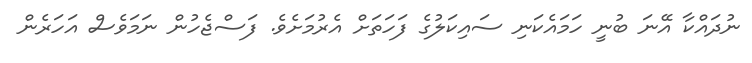
ނުދައްކާ އޭނަ ބުނީ ހަމައެކަނި ސައިކަލުގެ ފަހަތަށް އެރުމަށެވެ. ފަސްޖެހުން ނަމަވެސް އަހަރެން